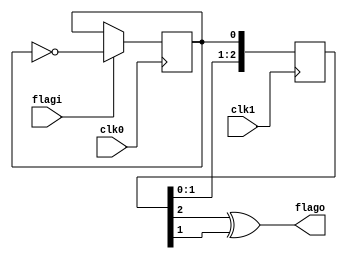
/*
 * Yet Another Dynamic Memory Controller
 * Copyright (C) 2008 Sebastien Bourdeauducq - http://lekernel.net
 * This file is part of Milkymist.
 *
 * Milkymist is free software; you can redistribute it and/or modify it
 * under the terms of the GNU Library General Public License as published
 * by the Free Software Foundation; either version 2, or (at your option)
 * any later version.
 *
 * This program is distributed in the hope that it will be useful,
 * but WITHOUT ANY WARRANTY; without even the implied warranty of
 * MERCHANTABILITY or FITNESS FOR A PARTICULAR PURPOSE.  See the GNU
 * Library General Public License for more details.
 *
 * You should have received a copy of the GNU Library General Public
 * License along with this program; if not, write to the Free Software
 * Foundation, Inc., 51 Franklin Street, Fifth Floor, Boston, MA 02110-1301,
 * USA.
 */

/* Flag synchronizer from clock domain 0 to 1
 * See http://www.fpga4fun.com/CrossClockDomain.html
 */

module yadmc_sync(
	input clk0,
	input flagi,
	
	input clk1,
	output flago
);

/* Turn the flag into a level change */
reg toggle;
initial toggle = 1'b0;
always @(posedge clk0)
	if(flagi) toggle <= ~toggle;

/* Synchronize the level change to clk1.
 * We add a third flip-flop to be able to detect level changes. */
reg [2:0] sync;
initial sync = 3'b000;
always @(posedge clk1)
	sync <= {sync[1:0], toggle};

/* Recreate the flag from the level change into the clk1 domain */
assign flago = sync[2] ^ sync[1];

endmodule